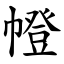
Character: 㡠